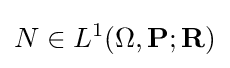
N\in L^{1}(\Omega ,\mathbf {P} ;\mathbf {R} )